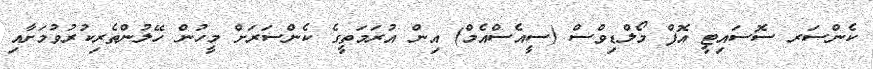
ކެންސަރ ސޮސައިޓީ އޮފް މޯލްޑިވްސް (ސީއެސްއެމް) އިން އުރަމަތީގެ ކެންސަރަށް މީހުން ހޭލުންތެރިކުރުވުމަށާއި